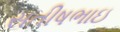
સતીષભાઇ